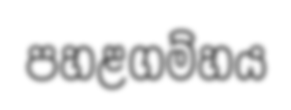
පහළගම්හය